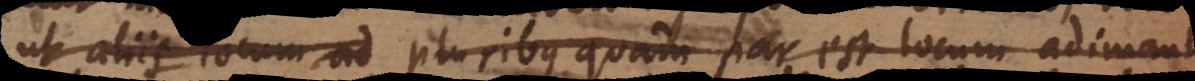
ut aliis locum ad pluribus quam par est locum adimant,